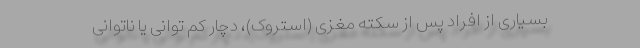
بسیاری از افراد پس از سکته مغزی (استروک)، دچار کم توانی یا ناتوانی